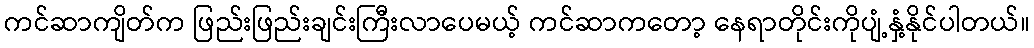
ကင်ဆာကျိတ်က ဖြည်းဖြည်းချင်းကြီးလာပေမယ့် ကင်ဆာကတော့ နေရာတိုင်းကိုပျံ့နှံ့နိုင်ပါတယ်။